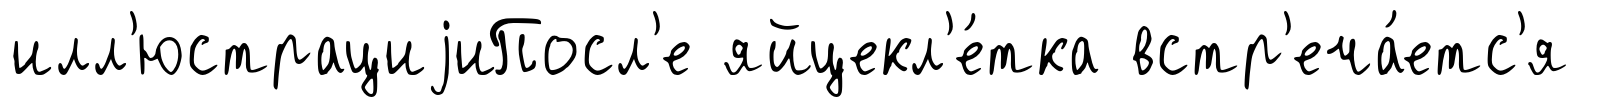
илл'юстрациjиПосл'е яйцекл'е́тка встр'еча́етс'я